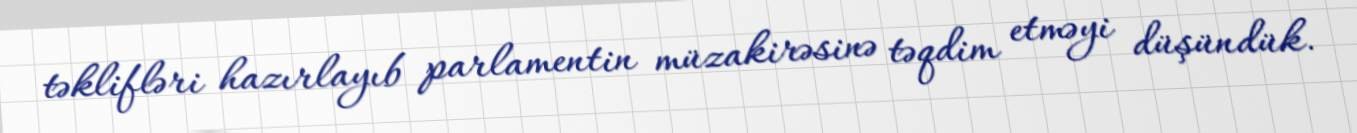
təklifləri hazırlayıb parlamentin müzakirəsinə təqdim etməyi düşündük.